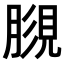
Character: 𧠿